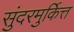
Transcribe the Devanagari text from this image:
सुंदरमुर्कित्त